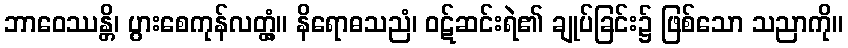
ဘာဝေဿန္တိ၊ ပွားစေကုန်လတ္တံ့။ နိရောဓသညံ၊ ဝဋ်ဆင်းရဲ၏ ချုပ်ခြင်း၌ ဖြစ်သော သညာကို။